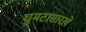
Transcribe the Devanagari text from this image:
घुमटासारखे